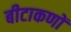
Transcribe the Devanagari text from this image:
बीटाकणों